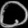
Digit: ၀